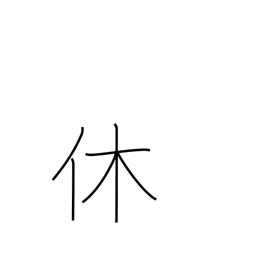
Meaning: retire